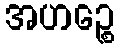
အဟဉ္စေ